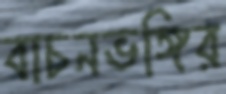
বাচনভঙ্গির